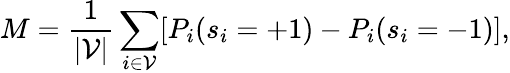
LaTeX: M=\frac{1}{|\mathcal{V}|}\sum_{i\in\mathcal{V}}[P_{i}(s_{i}=+1)-P_{i}(s_{i}=-1)],